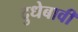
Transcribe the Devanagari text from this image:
दुधेबावी